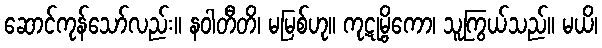
ဆောင်ကုန်သော်လည်း။ နဝါတီတိ၊ မမြစ်ဟု။ ကုဋုမ္ဗိကော၊ သူကြွယ်သည်။ မယိ၊